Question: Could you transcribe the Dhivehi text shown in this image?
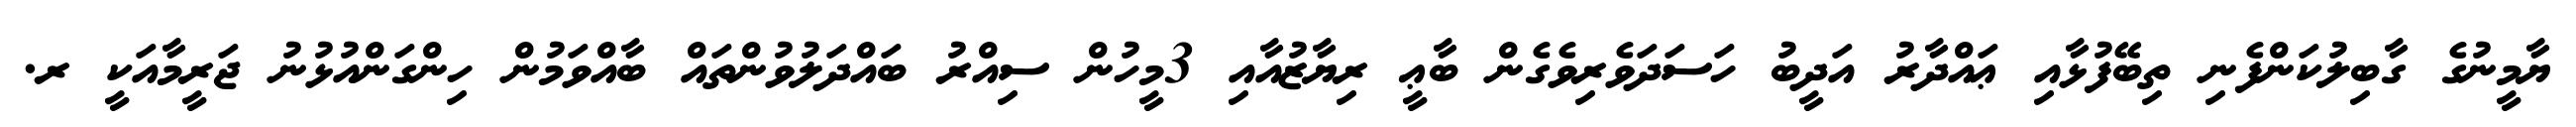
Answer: ޔާމީނުގެ ގާބިލުކަންފެނި ތިބޭފުޅާއި ޢައްދާރު އަދީބު ހަސަދަވެރިވެގެން ބާޢީ ރިޔާޒުއާއި 3މީހުން ސިއްރު ބައްދަލުވުންތައް ބާއްވަމުން ހިންގަންއުޅުނު ޖަރީމާއަކީ ރ.